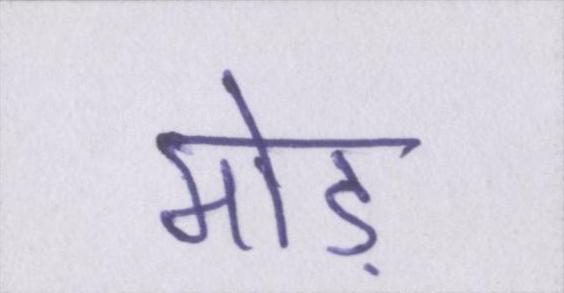
मोड़